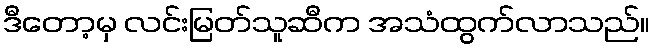
ဒီတော့မှ လင်းမြတ်သူဆီက အသံထွက်လာသည်။